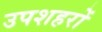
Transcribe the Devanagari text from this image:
उपशहरों